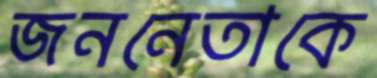
জননেতাকে